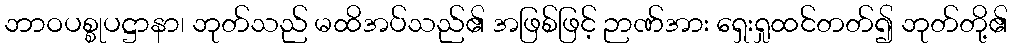
ဘာဝပစ္စုပဋ္ဌာနာ၊ ဘုတ်သည် မထိအပ်သည်၏ အဖြစ်ဖြင့် ဉာဏ်အား ရှေးရှုထင်တတ်၍ ဘုတ်တို့၏